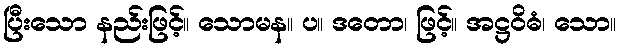
ပြီးသော နည်းဖြင့်။ သောမန။ ပ။ ဒတော၊ ဖြင့်။ အဋ္ဌဝိဓံ၊ သော။